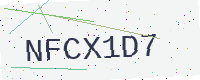
Text: NFCX1D7